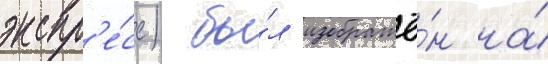
экспр'е́сс) бы́л изображё́н на́